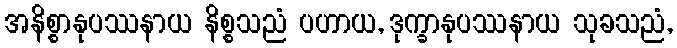
အနိစ္စာနုပဿနာယ နိစ္စသညံ ပဟာယ, ဒုက္ခာနုပဿနာယ သုခသညံ,